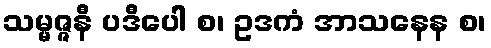
သမ္မဇ္ဇနီ ပဒီပေါ စ၊ ဥဒကံ အာသနေန စ၊